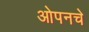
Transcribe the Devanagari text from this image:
ओपनचे